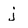
Character: j